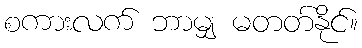
စကားလက် ဘာမျှ မတတ်နိုင်။